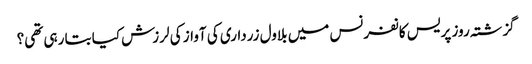
گزشتہ روز پریس کانفرنس میں بلاول زرداری کی آواز کی لرزش کیا بتا رہی تھی؟